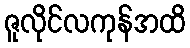
ဇူလိုင်လကုန်အထိ